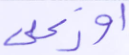
أوزعني